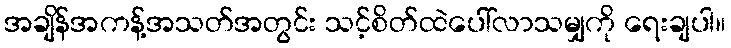
အချိန်အကန့်အသတ်အတွင်း သင့်စိတ်ထဲပေါ်လာသမျှကို ရေးချပါ။